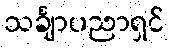
သင်္ချာပညာရှင်